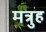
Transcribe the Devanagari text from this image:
मत्रुह